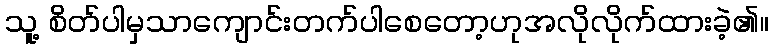
သူ့ စိတ်ပါမှသာကျောင်းတက်ပါစေတော့ဟုအလိုလိုက်ထားခဲ့၏။